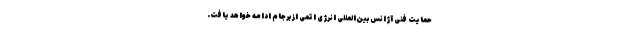
حمایت فنی آژانس بین‌المللی انرژی اتمی از برجام ادامه خواهد یافت.